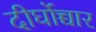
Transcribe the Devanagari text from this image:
दीर्घोच्चार